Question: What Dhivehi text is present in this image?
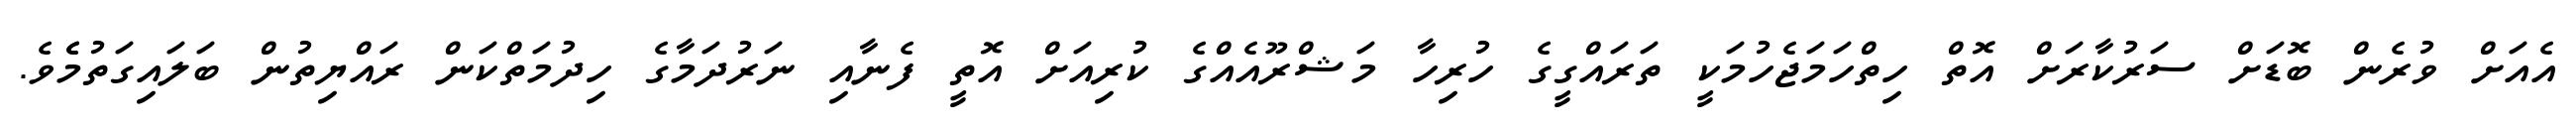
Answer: އެއަށް ވުރެން ބޮޑަށް ސަރުކާރަށް އޮތް ހިތްހަމަޖެހުމަކީ ތަރައްގީގެ ހުރިހާ މަޝްރޫއެއްގެ ކުރިއަށް އޮތީ ފެނާއި ނަރުދަމާގެ ހިދުމަތްކަން ރައްޔިތުން ބަލައިގަތުމެެވެ.